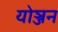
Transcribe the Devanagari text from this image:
योञ्जन